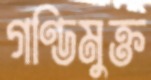
গণ্ডিমুক্ত